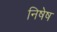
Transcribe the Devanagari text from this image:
निषेष